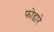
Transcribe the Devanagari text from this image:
फोडारे